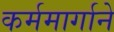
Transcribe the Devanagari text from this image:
कर्ममार्गाने